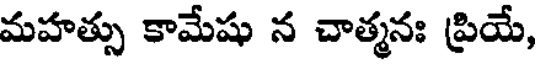
మహత్సు కామేషు న చాత్మనః ప్రియే,